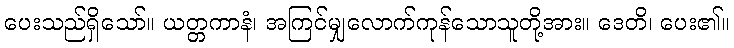
ပေးသည်ရှိသော်။ ယတ္တကာနံ၊ အကြင်မျှလောက်ကုန်သောသူတို့အား။ ဒေတိ၊ ပေး၏။